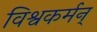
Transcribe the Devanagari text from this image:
विश्वकर्मन्‌